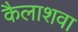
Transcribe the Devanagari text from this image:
कैलाशवा